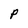
Character: P